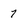
Character: 7